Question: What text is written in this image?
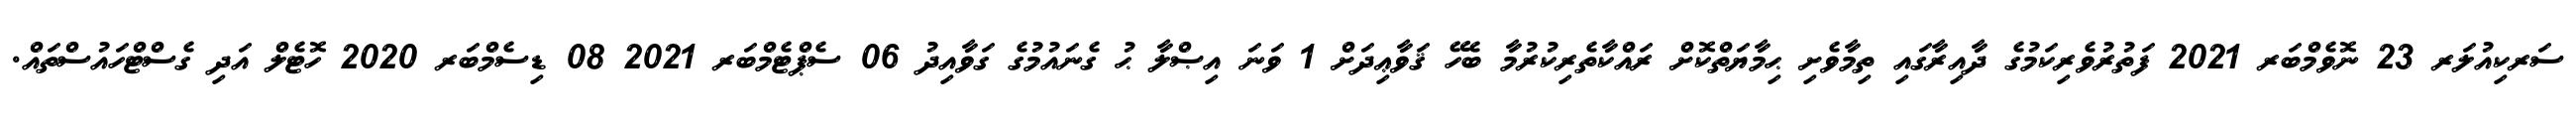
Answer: ސަރކިއުލަރ 23 ނޮވެމްބަރ 2021 ފަތުރުވެރިކަމުގެ ދާއިރާގައި ތިމާވެށި ޙިމާޔަތްކޮށް ރައްކާތެރިކުރުމާ ބެހޭ ޤަވާޢިދަށް 1 ވަނަ އިޞްލާ ޙު ގެނައުމުގެ ގަވާއިދު 06 ސެޕްޓެމްބަރ 2021 08 ޑިސެމްބަރ 2020 ހޮޓެލް އަދި ގެސްޓްހައުސްތައް.